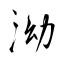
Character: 泑